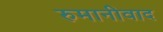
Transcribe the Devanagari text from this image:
रुमानीवाद